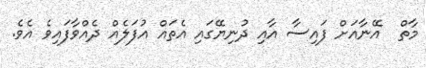
މާތް  އޭނާއަށް ފައިސާ އާއި ދުނިޔޭގައި އެތައް އުފަލެއް ދެއްވާފައިވެ އެވެ.